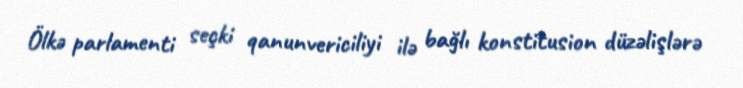
Ölkə parlamenti seçki qanunvericiliyi ilə bağlı konstitusion düzəlişlərə